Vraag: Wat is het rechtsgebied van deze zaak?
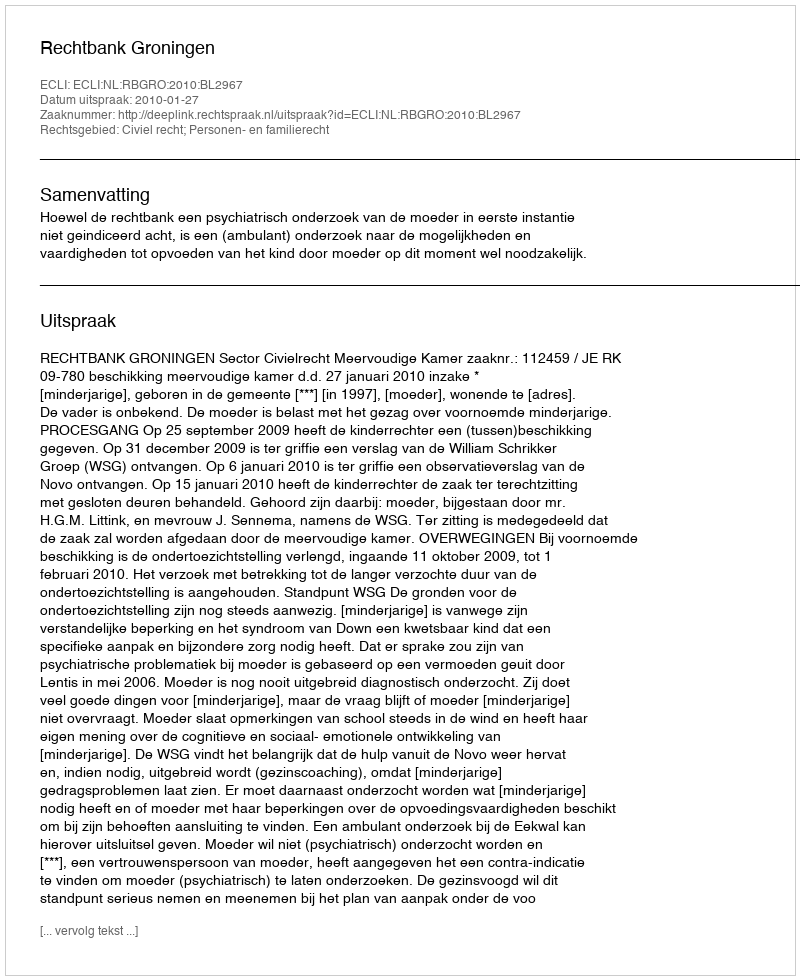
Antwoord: Civiel recht; Personen- en familierecht